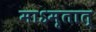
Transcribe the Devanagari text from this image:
माऽमृतात्‌